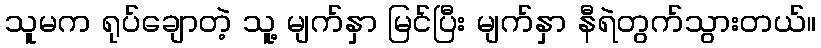
သူမက ရုပ်ချောတဲ့ သူ့ မျက်နှာ မြင်ပြီး မျက်နှာ နီရဲတွက်သွားတယ်။